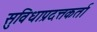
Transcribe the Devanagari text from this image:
सुविधाप्रदत्तकर्ता